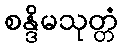
စန္ဒိမသုတ္တံ